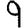
Digit: 9